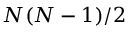
N ( N - 1 ) / 2